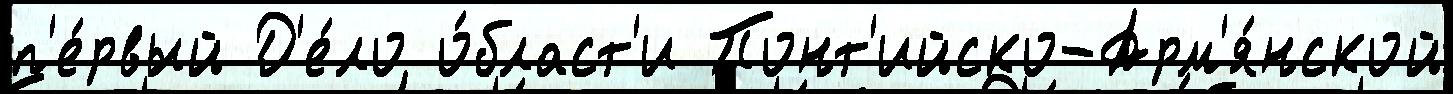
п'е́рвый Д'е́ло о́бласт'и Понт'ийско-Арм'я́нской